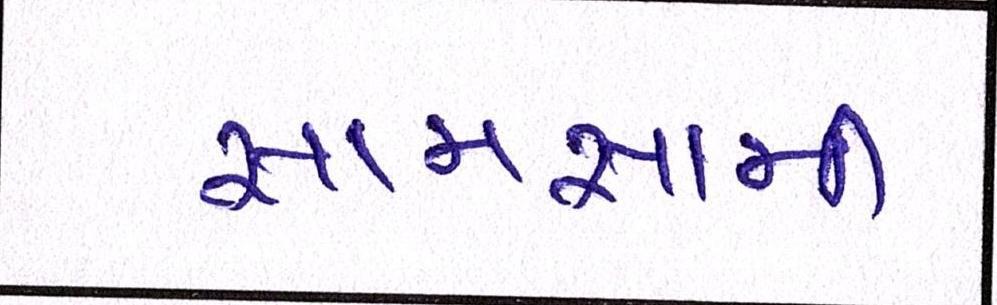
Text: સામસામી